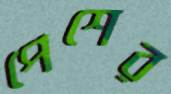
পেশের